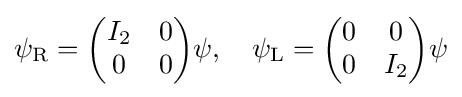
\psi _{\mathrm {R} }={\begin{pmatrix}I_{2}&0\\0&0\end{pmatrix}}\psi ,\quad \psi _{\mathrm {L} }={\begin{pmatrix}0&0\\0&I_{2}\end{pmatrix}}\psi